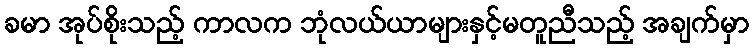
ခမာ အုပ်စိုးသည့် ကာလက ဘုံလယ်ယာများနှင့်မတူညီသည့် အချက်မှာ